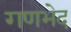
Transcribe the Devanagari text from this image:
गणभेद